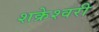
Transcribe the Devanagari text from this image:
शक्रेश्वरी